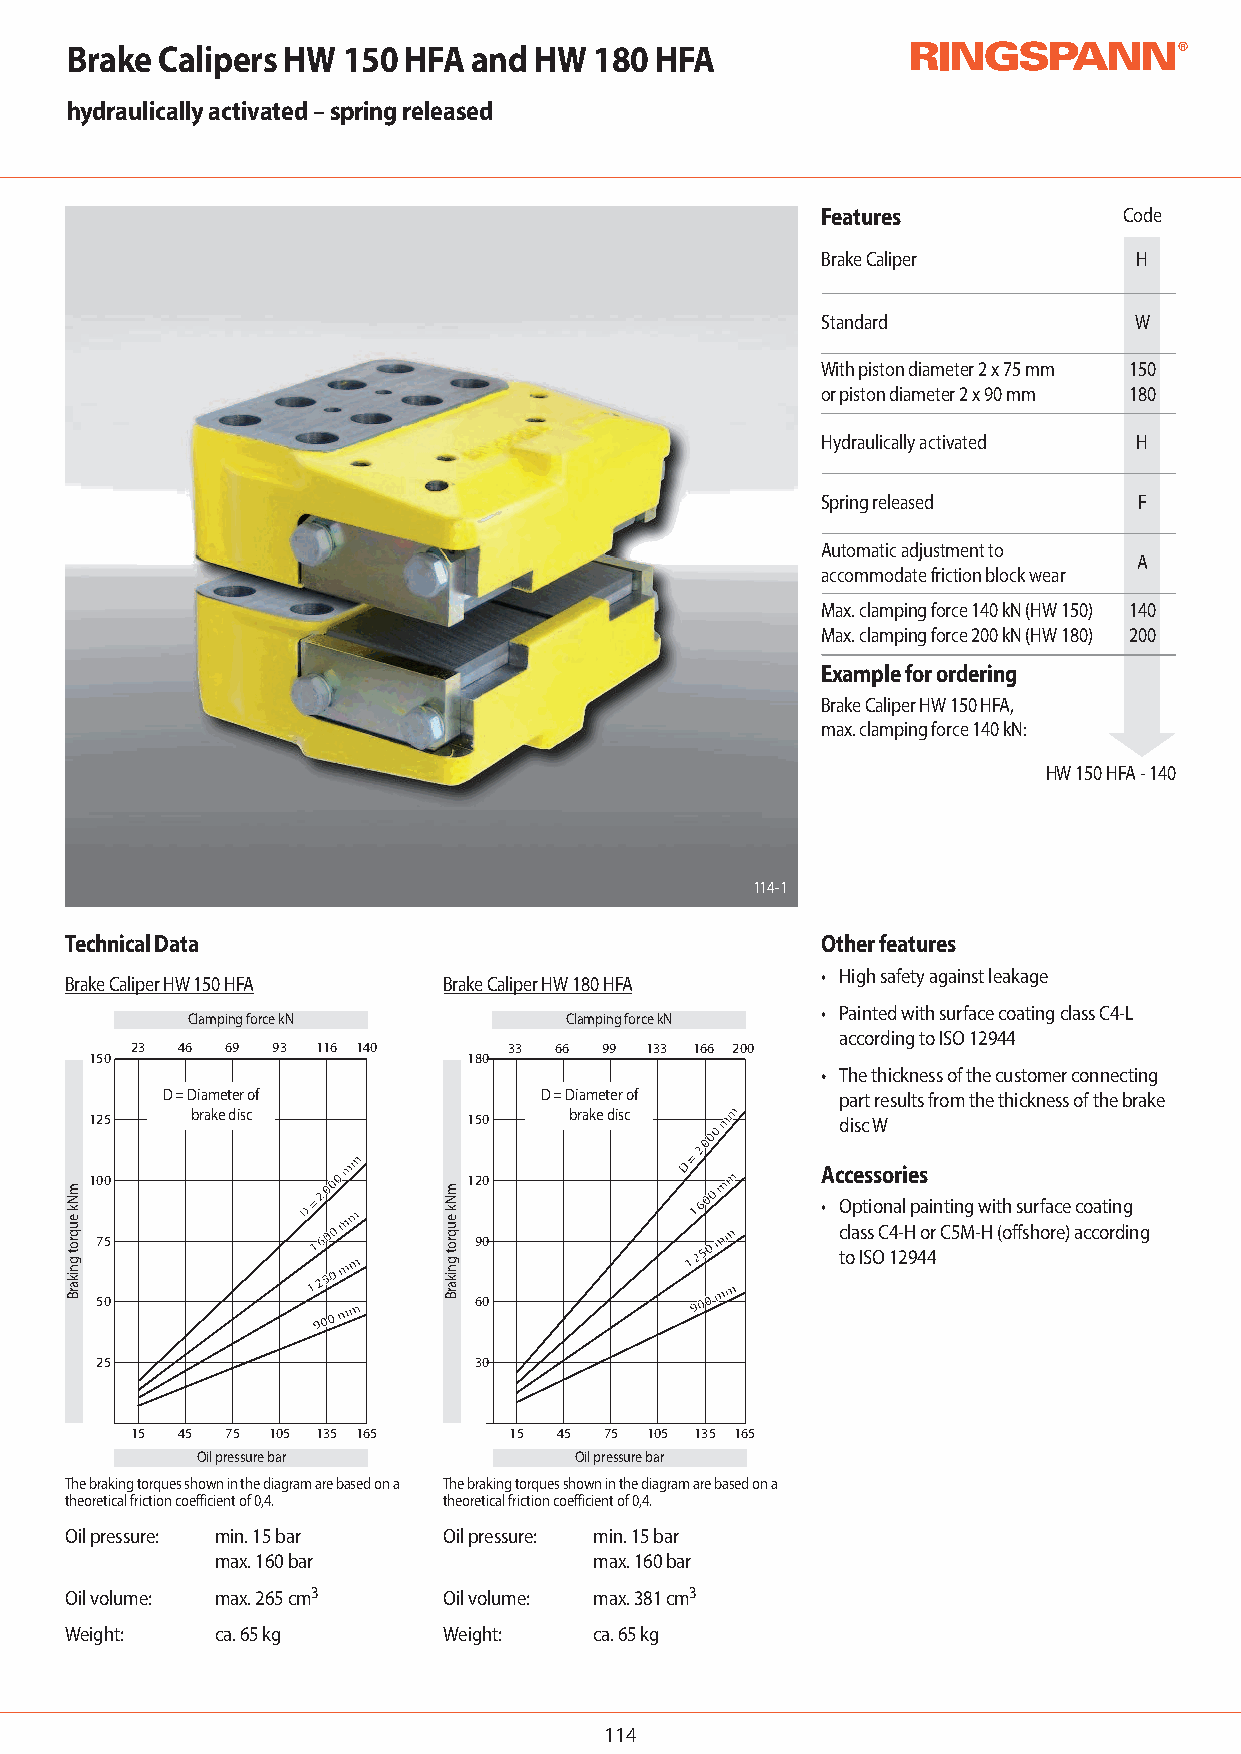
Brake Calipers HW  150 HFA and HW  180 HFA
 hydraulically activated – spring released
 Features            Code
 Brake Caliper        H
 Standard             W
 With piston diameter 2 x 75 mm 150
 or piston diameter 2 x 90 mm 180
 Hydraulically activated H
 Spring released      F
 Automatic adjustment to
 A
 accommodatefriction block wear
 Max. clamping force 140 kN (HW 150) 140
 Max. clamping force 200 kN (HW 180) 200
 Example for ordering
 Brake Caliper HW 150 HFA,
 max. clamping force140 kN:
 HW 150 HFA - 140
 114-1
 Technical Data                                    Other features
 • High safety against leakage
 Brake Caliper HW 150 HFA Brake Caliper HW 180 HFA
 • Painted with surface coating class C4-L
 Clamping force kN        Clamping force kN
 according to ISO 12944
 23 46 69 93 116 140      33 66 99 133 166 200
 150                      180
 • The thickness of the customer connecting
 D = Diameter of          D = Diameter of     part results from the thickness of the brake
 125    brake disc        150    brake disc mmmm   disc W
 mm
 mm
 DD
 =
 22
 000000
 Accessories
 100
 DD
 =
 22 000000
 mm
 120
 11
 660000 mm mm
 • Optional painting with surface coating
 mm
 57 05
 11
 11 992266 005500 0000
 00
 mmmm mmmm 69 00        11 9922 0055 0000 mmmm mmmm c tola Is Ss O C 14 2-H 9 4o 4r C5M-H (offshore) according
 25                       30
 15 45 75 105 135 165     15 45 75 105 135 165
 Oil pressure bar         Oil pressure bar
 The braking torques shown in the diagram are based on a The braking torques shown in the diagram are based on a
 theoretical friction coefficient of 0,4. theoretical friction coefficient of 0,4.
 Oil pressure: min. 15 bar Oil pressure: min. 15 bar
 max. 160 bar             max. 160 bar
 Oil volume: max. 265 cm3 Oil volume: max. 381 cm3
 Weight:   ca. 65 kg      Weight:   ca. 65 kg
 114
 mNk
 euqrot
 gnikarB
 mNk
 euqrot
 gnikarB